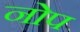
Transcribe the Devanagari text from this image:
नोप